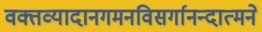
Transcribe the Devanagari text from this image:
वक्तव्यादानगमनविसर्गानन्दात्मने